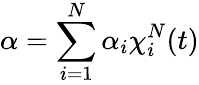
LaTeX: \alpha=\sum_{i=1}^{N}\alpha_{i}\chi_{i}^{N}(t)